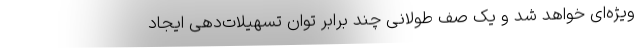
ویژه‌ای خواهد شد و یک صف طولانی چند برابر توان تسهیلات‌دهی ایجاد